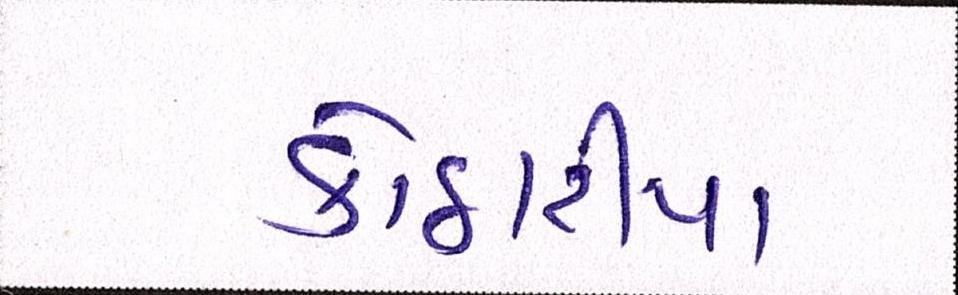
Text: કોઠારીયા